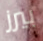
بيرز